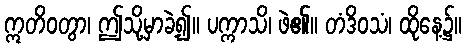
ဣတိဝတွာ၊ ဤသို့မှာခဲ့၍။ ပက္ကာသိ၊ ဖဲ၏။ တံဒိဝသံ၊ ထိုနေ့၌။